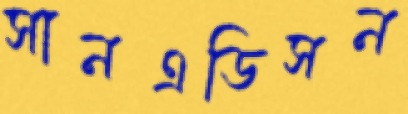
সানএডিসন